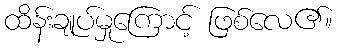
ထိန်းချုပ်မှုကြောင့် ဖြစ်လေ၏။